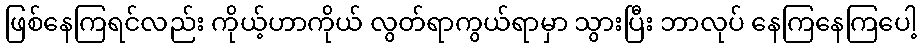
ဖြစ်နေကြရင်လည်း ကိုယ့်ဟာကိုယ် လွတ်ရာကွယ်ရာမှာ သွားပြီး ဘာလုပ် နေကြနေကြပေါ့